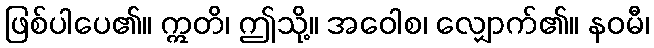
ဖြစ်ပါပေ၏။ ဣတိ၊ ဤသို့။ အဝေါစ၊ လျှောက်၏။ နဝမီ၊